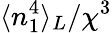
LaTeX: \langle n_{1}^{4}\rangle_{L}/\chi^{3}